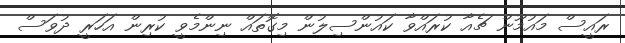
ރައީސް މައުމޫން ޗެއާ ކުރައްވާ ކައުންސިލުން މިގޮތައް ނިންމެވީ ކުރިން އަހަރީ ދުވަސް